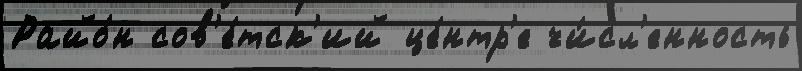
Райо́н сов'е́тск'ий це́нтр'е чи́сл'енность